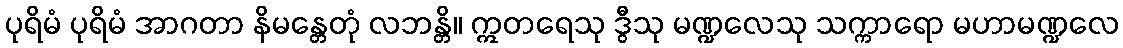
ပုရိမံ ပုရိမံ အာဂတာ နိမန္တေတုံ လဘန္တိ။ ဣတရေသု ဒွီသု မဏ္ဍလေသု သက္ကာရော မဟာမဏ္ဍလေ